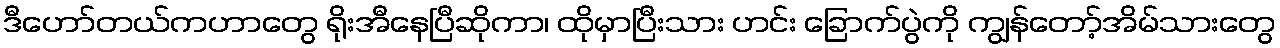
ဒီဟော်တယ်ကဟာတွေ ရိုးအီနေပြီဆိုကာ၊ ထိုမှာပြီးသား ဟင်း ခြောက်ပွဲကို ကျွန်တော့်အိမ်သားတွေ